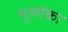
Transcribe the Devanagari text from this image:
भूलोंका